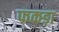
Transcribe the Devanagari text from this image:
फकड़ा